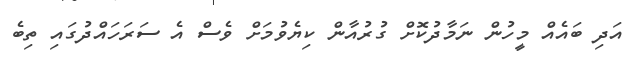
އަދި ބައެއް މީހުން ނަމާދުކޮށް ގުރުއާން ކިޔެވުމަށް ވެސް އެ ސަރަހައްދުގައި ތިބެ